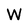
Character: W